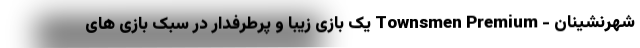
شهرنشینان - Townsmen Premium یک بازی زیبا و پرطرفدار در سبک بازی های